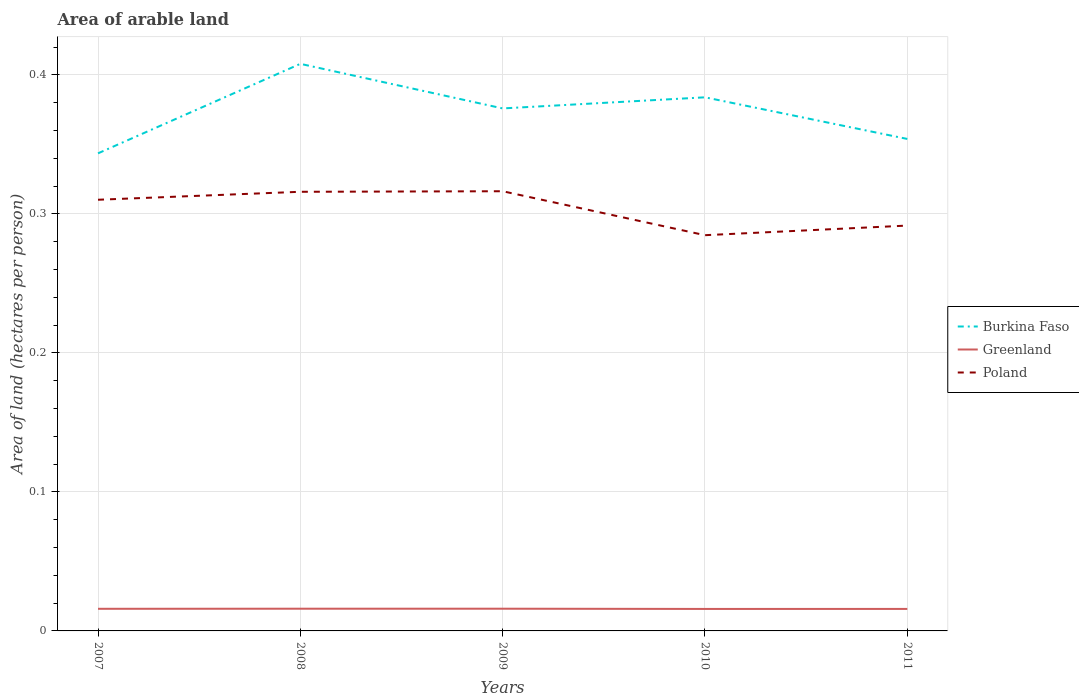
| Years | Burkina Faso | Greenland | Poland |
 | --- | --- | --- | --- |
 | 2007 | 0.344 | 0.0159 | 0.31 |
 | 2008 | 0.408 | 0.016 | 0.316 |
 | 2009 | 0.376 | 0.016 | 0.316 |
 | 2010 | 0.384 | 0.0158 | 0.285 |
 | 2011 | 0.354 | 0.0158 | 0.292 |